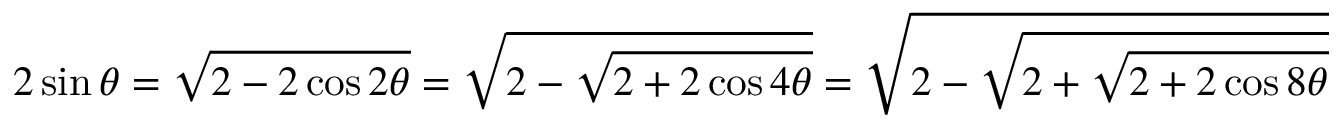
2 \sin \theta = { \sqrt { 2 - 2 \cos 2 \theta } } = { \sqrt { 2 - { \sqrt { 2 + 2 \cos 4 \theta } } } } = { \sqrt { 2 - { \sqrt { 2 + { \sqrt { 2 + 2 \cos 8 \theta } } } } } }